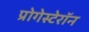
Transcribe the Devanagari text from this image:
प्रोगेस्टेरॉन